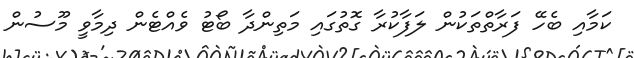
ކަމާއި ބެހޭ ފަރާތްތަކުން ލަފާކުރާ ގޮތުގައި މަތިންދާ ބޯޓު ވެއްޓެން ދިމާވީ މޫސުން